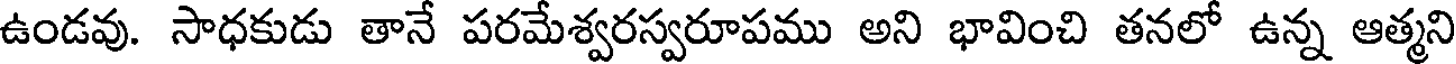
ఉండవు. సాధకుడు తానే పరమేశ్వరస్వరూపము అని భావించి తనలో ఉన్న ఆత్మని